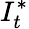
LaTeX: I_{t}^{*}